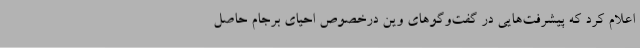
اعلام کرد که پیشرفت‌هایی در گفت‌وگوهای وین درخصوص احیای برجام حاصل